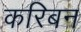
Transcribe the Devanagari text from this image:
करिबन